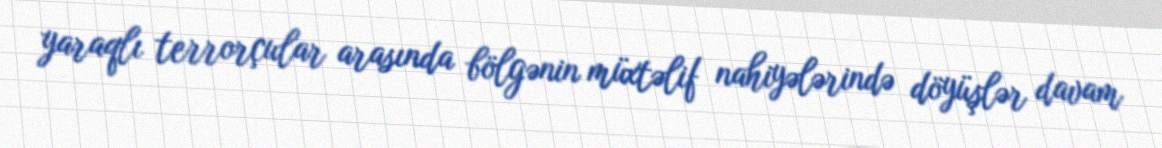
yaraqlı terrorçular arasında bölgənin müxtəlif nahiyələrində döyüşlər davam